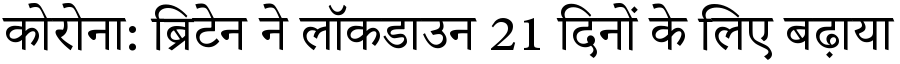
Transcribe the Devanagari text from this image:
कोरोना: ब्रिटेन ने लॉकडाउन 21 दिनों के लिए बढ़ाया